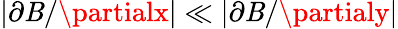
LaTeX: |\partial\mathit{B}/\partialx|\ll|\partial\mathit{B}/\partialy|